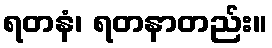
ရတနံ၊ ရတနာတည်း။